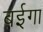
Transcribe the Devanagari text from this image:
बईगा